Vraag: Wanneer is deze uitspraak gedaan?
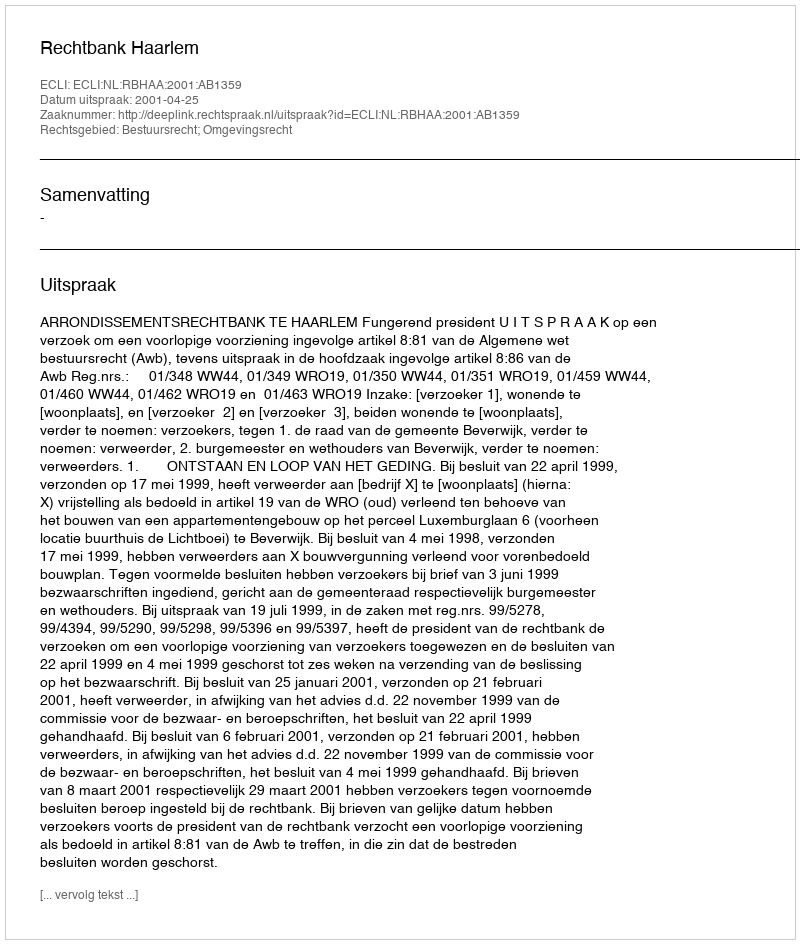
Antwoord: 2001-04-25